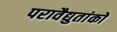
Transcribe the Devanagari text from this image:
परावैद्युतांकों